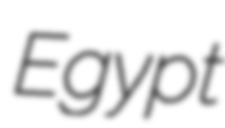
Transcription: Egypt